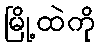
မြို့ထဲကို